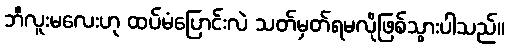
ဘီလူးမလေးဟု ထပ်မံပြောင်းလဲ သတ်မှတ်ရမလိုဖြစ်သွားပါသည်။